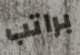
براتب